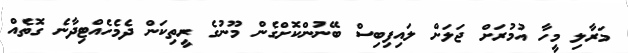
މަރާލި މީހާ އުމުރަށް ޖަލަށް ލައިފިބިސް ބޭނުންކޮށްގެން މޫނުގެ ރީތިކަން ދެމެހެއްޓިދާނެ ގޮތެއް